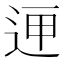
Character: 𲅚